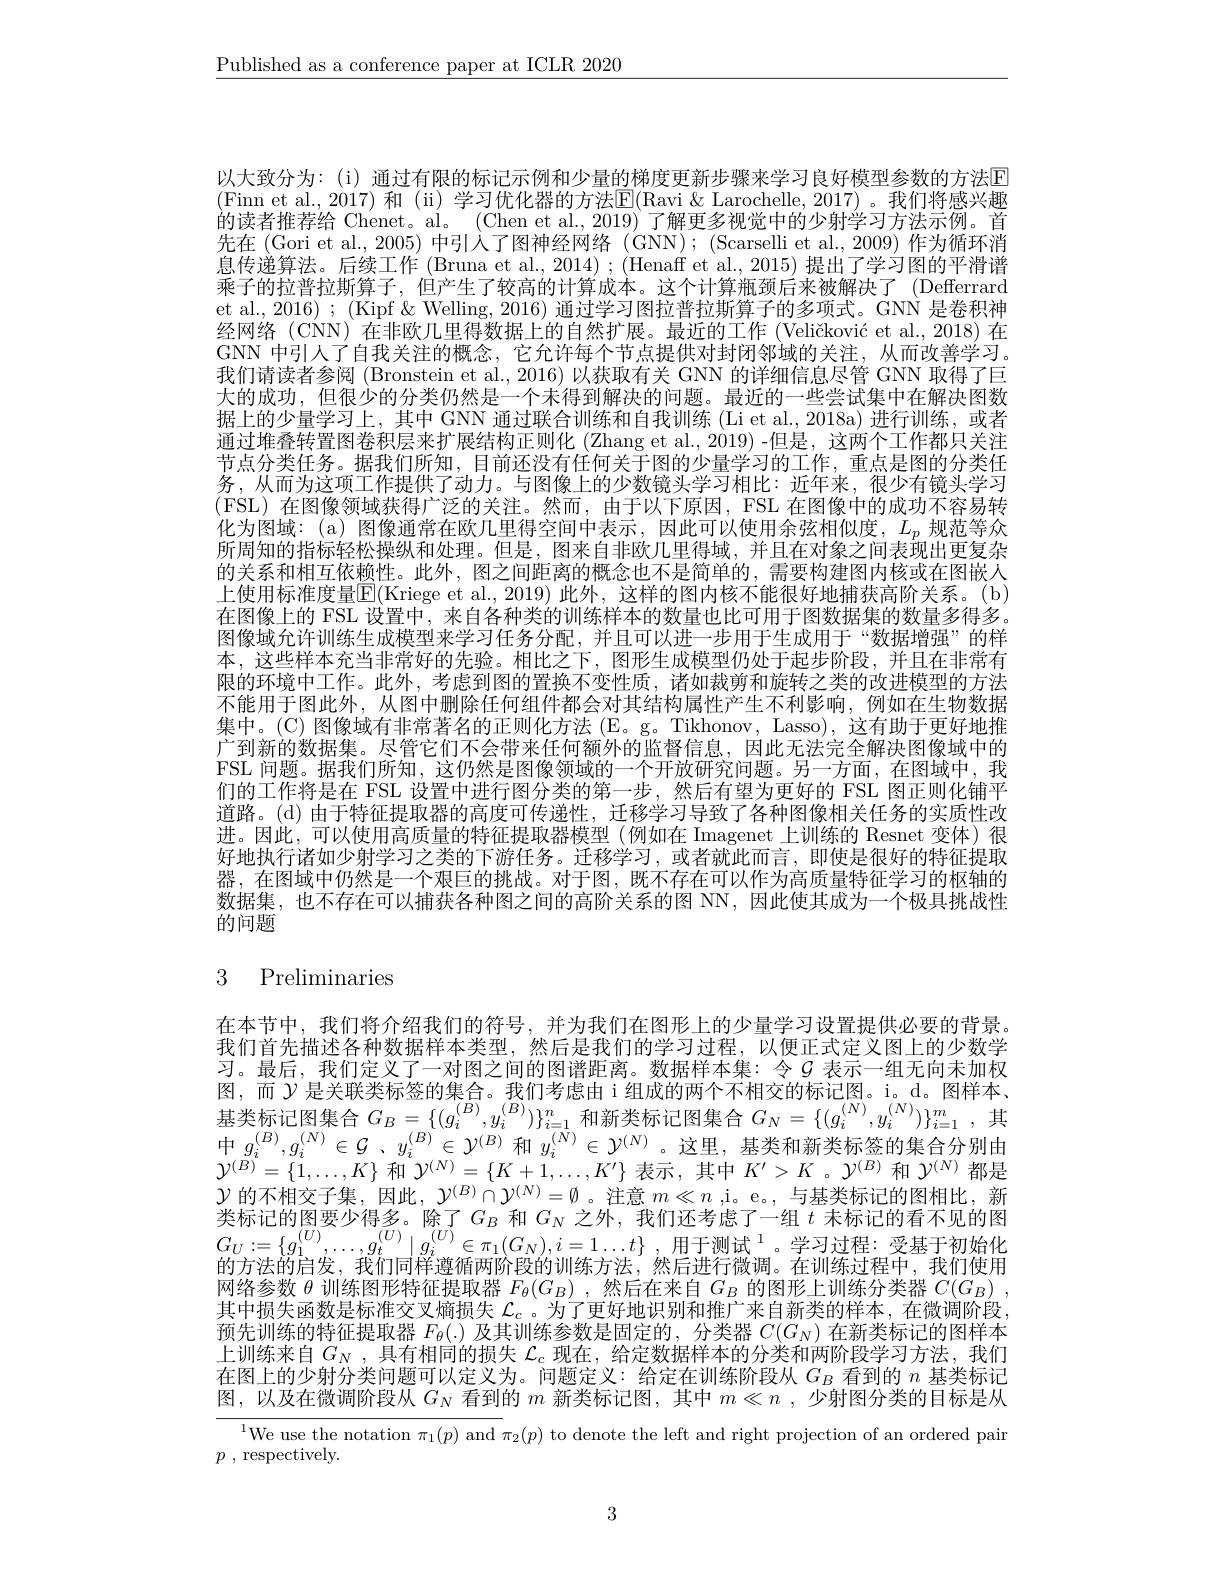
$\underline{\text{Published as a conference paper at ICLR 2020}}$

以大致分为：(i) 通过有限的标记示例和少量的梯度更新步骤来学习良好模型参数的方法$\color{red}{\mathrm{E}}$ (Finn et al.,2017)和 (ü)学习优化器的方法$\underline{\mathrm{E}}($Ravi &Larochelle,2017)。我们将感兴趣的读者推荐给 Chenet。al。(Chen et al., 2019) 了解更多视觉中的少射学习方法示例。首先在 (Gori et al., 2005) 中引入了图神经网络 (GNN); (Scarselli et al., 2009) 作为循环消息传递算法。后续工作 (Bruna et al., 2014) ; (Henaff et al., 2015) 提出了学习图的平滑谱乘子的拉普拉斯算子，但产生了较高的计算成本。这个计算瓶颈后来被解决了(Defferrard et al., 2016) ; (Kipf & Welling, 2016) 通过学习图拉普拉斯算子的多项式。GNN 是卷积神经网络 (CNN) 在非欧几里得数据上的自然扩展。最近的工作 (Veličković et al., 2018)在GNN 中引人了自我关注的概念，它允许每个节点提供对封闭邻域的关注，从而改善学习。我们请读者参阅 (Bronstein et al., 2016) 以获取有关 GNN 的详细信息尽管 GNN 取得了巨大的成功，但很少的分类仍然是一个未得到解决的问题。最近的一些尝试集中在解决图数据上的少量学习上，其中 GNN 通过联合训练和自我训练 (Li et al., 2018a) 进行训练，或者通过堆叠转置图卷积层来扩展结构正则化 (Zhang et al., 2019) -但是 , 这两个工作都只关注节点分类任务。据我们所知，目前还没有任何关于图的少量学习的工作，重点是图的分类任务，从而为这项工作提供了动力。与图像上的少数镜头学习相比：近年来，很少有镜头学习(FSL)在图像领域获得广泛的关注。然而，由于以下原因，FSL 在图像中的成功不容易转化为图域：(a) 图像通常在欧儿里得空间中表示，因此可以使用余弦相似度，$L_p$规范等众所周知的指标轻松操纵和处理。但是，图来自非欧儿里得域，并且在对象之间表现出更复杂的关系和相互依赖性。此外，图之间距离的概念也不是简单的，需要构建图内核或在图嵌人上使用标准度量$\overline{\mathrm{E}}($Kriege et al.,2019)此外，这样的图内核不能很好地捕获高阶关系。(b) 在图像上的 FSL 设置中，来自各种类的训练样本的数量也比可用于图数据集的数量多得多图像域允许训练生成模型来学习任务分配，并且可以进一步用于生成用于“数据增强”的样本，这些样本充当非常好的先验。相比之下，图形生成模型仍处于起步阶段，并且在非常有限的环境中工作。此外，考虑到图的置换不变性质，诸如裁剪和旋转之类的改进模型的方法不能用于图此外，从图中删除任何组件都会对其结构属性产生不利影响，例如在生物数据集中。(C) 图像域有非常著名的正则化方法 (E。g。Tikhonov, Lasso),这有助于更好地推广到新的数据集。尽管它们不会带来任何额外的监督信息，因此无法完全解决图像域中的FSL 问题。据我们所知，这仍然是图像领域的一个开放研究问题。另一方面，在图域中，我们的工作将是在 FSL 设置中进行图分类的第一步，然后有望为更好的 FSL 图正则化铺平道路。(d)由于特征提取器的高度可传递性，迁移学习导致了各种图像相关任务的实质性改进。因此，可以使用高质量的特征提取器模型(例如在 Imagenet 上训练的 Resnet 变体) 很好地执行诸如少射学习之类的下游任务。迁移学习，或者就此而言，即使是很好的特征提取器，在图域中仍然是一个艰巨的挑战。对于图，既不存在可以作为高质量特征学习的枢轴的数据集，也不存在可以捕获各种图之间的高阶关系的图 NN,因此使其成为一个极具挑战性的问题

# 3 Preliminaries

在本节中，我们将介绍我们的符号，并为我们在图形上的少量学习设置提供必要的背景。我们首先描述各种数据样本类型，然后是我们的学习过程，以便正式定义图上的少数学习。最后，我们定义了一对图之间的图谱距离。数据样本集：令$G$ 表示一组无向未加权图，而$\mathcal{Y}$ 是关联类标签的集合。我们考虑由 i 组成的两个不相交的标记图。i。d。图样本、 基类标记图集合$G_B$
$\{(g_{i}^{(B)},y_{i}^{(B)})\}_{i=1}^{n}$和新类标记图集合$G_N=\{(g_{i}^{(N)},y_{i}^{(N)})\}_{i=1}^{m}$, 其
中$g_i^{(B)},g_i^{(N)}\in\mathcal{G}$、$y_i^{(B)}\in\mathcal{Y}^{(B)}$ 和$y_i^{(N)}\in\mathcal{Y}^{(N)}$。这里，基类和新类标签的集合分别由$\mathcal{Y}^{(B)}=\{1,\ldots,K\}$和$\mathcal{Y}^{(N)}=\{K+1,\ldots,K^{\prime}\}$表示，其中$K^\prime>K$。$\mathcal{Y}^{(B)}$和$\mathcal{Y}^{(N)}$都是$\mathcal{Y}$ 的不相交子集，因此$,\mathcal{Y}^(B)\cap\mathcal{Y}^{(N)}=\emptyset$。注意 $m\ll n$ ,i。e。, 与基类标记的图相比，新类标记的图要少得多。除了$G_B$ 和$G_N$ 之外，我们还考虑了一组 $t$ 未标记的看不见的图$\begin{array}{l}G_{U}:=\{g_{1}^{(U)},\ldots,g_{t}^{(U)}\mid g_{i}^{(U)}\in\pi_{1}(G_{N}),i=1\ldots t\}\\\text{的方法的启发，我们同样遵循两阶段的训练方法，然后进行微调。在训练过程中，我们使用}\end{array}$ 网络参数$\theta$训练图形特征提取器$F_\theta(G_B)$ ,然后在来自$G_B$的图形上训练分类器$C(G_B)$ , 其中损失函数是标准交叉熵损失$\mathcal{L}_c$ 。为了更好地识别和推广来自新类的样本，在微调阶段预先训练的特征提取器$F_\theta(.)$及其训练参数是固定的，分类器$C(G_N)$在新类标记的图样本上训练来自$G_N$ ,具有相同的损失$\mathcal{L}_c$现在，给定数据样本的分类和两阶段学习方法，我们在图上的少射分类问题可以定义为。问题定义：给定在训练阶段从$G_B$看到的$n$基类标记图，以及在微调阶段从$G_N$看到的$m$新类标记图，其中$m\ll n$ ,少射图分类的目标是从

$^{1}$We use the notation $\pi_1(p)$ and $\pi_2(p)$ to denote the left and right projection of an ordered pair

$p$ , respectively.

3